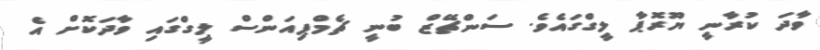
ވާދަ ކުރާނީ ޔޫރޮޕާ ލީގްގައެވެ. ސަންޗޭޒް ބުނީ ޗެމްޕިއަންސް ލީގްގައި ވާދަކޮށް އެ